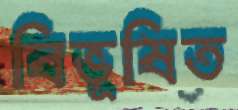
বিভূষিত